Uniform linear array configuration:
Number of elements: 4
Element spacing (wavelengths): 0.75
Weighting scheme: binomial
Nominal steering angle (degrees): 15
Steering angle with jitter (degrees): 13.45
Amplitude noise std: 0.05
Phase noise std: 0.05

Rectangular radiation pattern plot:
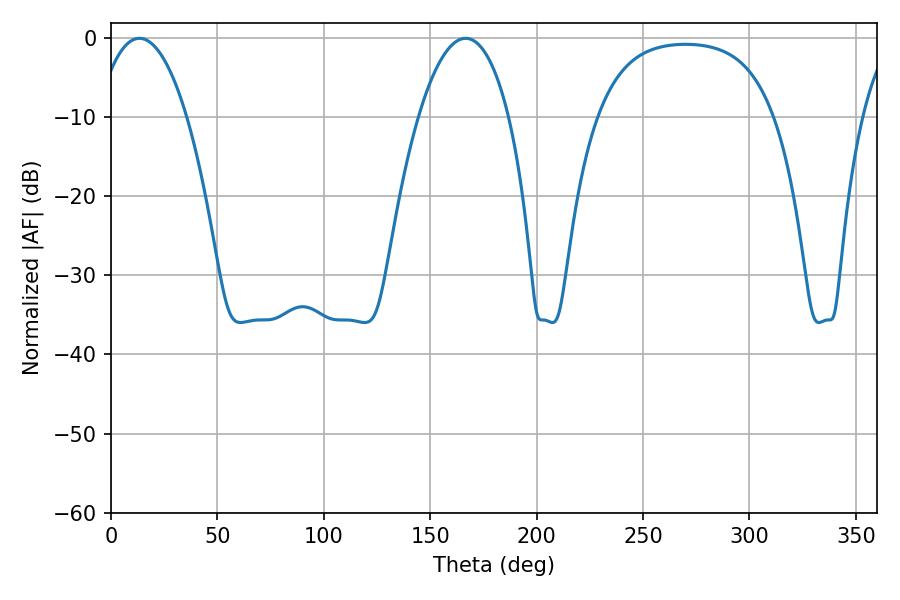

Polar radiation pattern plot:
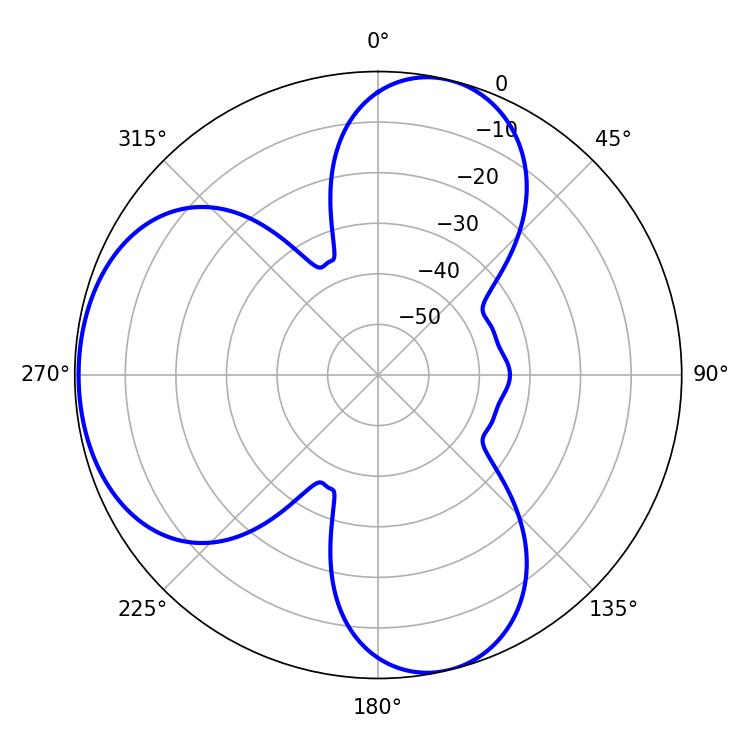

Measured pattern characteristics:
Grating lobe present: TRUE
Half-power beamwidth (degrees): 23.76
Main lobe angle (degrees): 13.32